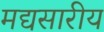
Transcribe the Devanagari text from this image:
मद्यसारीय